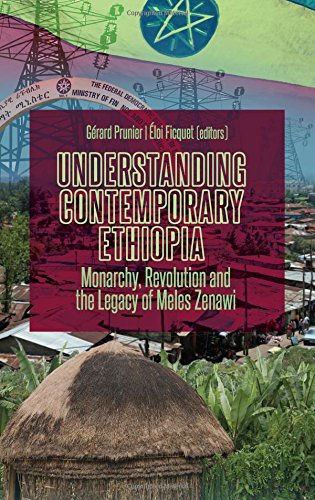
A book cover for Understanding Contemporary Ethiopia: Monarchy, Revolution and the Legacy of Meles Zenawi; GÃ©rard Prunier; History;